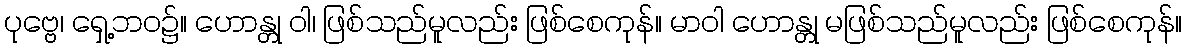
ပုဗ္ဗေ၊ ရှေ့ဘဝ၌။ ဟောန္တု ဝါ၊ ဖြစ်သည်မူလည်း ဖြစ်စေကုန်။ မာဝါ ဟောန္တု မဖြစ်သည်မူလည်း ဖြစ်စေကုန်။